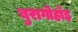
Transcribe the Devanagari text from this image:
बुरागोहाँइ